Account of plague administration in the Bombay Presidency from September 1896 till May 1897
Year: 1896
Disease focus: Plague
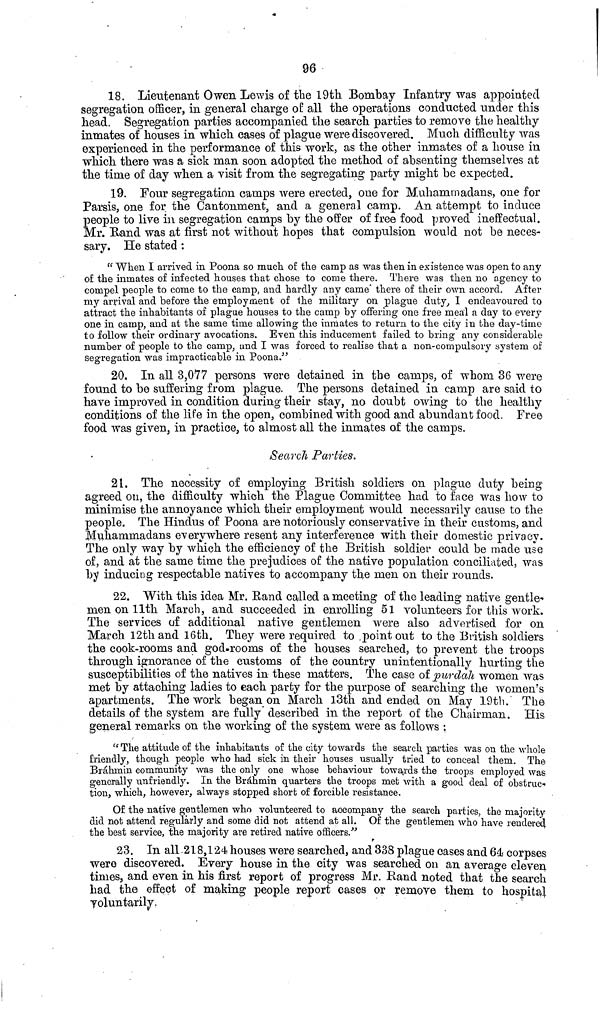
96
18. Lieutenant Owen Lewis of the 19th. Bombay Infantry was appointed
segregation officer, in general charge of all the operations conducted under this
head. Segregation parties accompanied the search parties to remove the healthy
inmates of houses in which cases of plague were discovered. Much difficulty was
experienced in the performance of this work, as the other inmates of a house in
which there was a sick man soon adopted the method of absenting themselves at
the time of day when a visit from the segregating party might be expected.
19. Four segregation camps were erected, one for Muhamrnadans, one for
Parsis, one for the Cantonment, and a general camp. An attempt to induce
people to live in segregation camps by the offer of free food proved ineffectual.
Mr. Rand was at first not without hopes that compulsion would not be neces-
sary. He stated :
" When I arrived in Poona so much of the camp as was then in existence was open to any
of the inmates of infected houses that chose to come there. There was then no agency to
compel people to come to the camp, and hardly any came there of their own accord. After
my arrival and before the employment of The military on plague duty, I endeavoured to
attract the inhabitants of plague houses to the camp by offering one free meal a day to every
one in camp, and at the same time allowing the inmates to return to the city in the day-time
to follow their ordinary avocations. Even this inducement failed to bring any considerable
number of people to the camp, and I was forced to realise that a non-compulsory system of
segregation was impracticable in Poona."
20. In all 3,077 persons were detained in the camps, of whom 36 were
found to be suffering from plague. The persons detained in camp are said to
have improved in condition during their stay, no doubt owing to the healthy
conditions of the life in the open, combined with good and abundant food. Free
food was given, in practice, to almost all the inmates of the camps,
Search Parties.
21. The necessity of employing British soldiers on plague duty being
agreed on, the difficulty which the Plague Committee had to face was how to
minimise the annoyance which their employment would necessarily cause to the
people. The Hindus of Poona are notoriously conservative in their customs, and
Muhammadans everywhere resent any interference with their domestic privacy.
The only way by which the efficiency of the British soldier could be made use
of, and at the same time the prejudices of the native population conciliated, was
by inducing respectable natives to accompany the men on their rounds.
22. With this idea Mr. Rand called a meeting of the leading native gentle-
men on llth. March, and succeeded in enrolling 51 volunteers for this work.
The services of additional native gentlemen were also advertised for on
March 12th and 16th. They were required to point out to the British soldiers
the cook-rooms and god-rooms of the houses searched, to prevent the troops
through ignorance of the customs of the country unintentionally hurting the
susceptibilities of the natives in these matters. The case of purdah women was
met by attaching ladies to each party for the purpose of searching the women's
apartments. The work began on March 13th and ended on May 19th. The
details of the system are fully described in the report of the Chairman. His
general remarks on the working of the system were as follows :
" The attitude of the inhabitants of the city towards the search parties was on the whole
friendly, though people who had sick in their houses usually tried to conceal them. The
Brahmin community was the only one whose behaviour towards the troops employed was
generally unfriendly. In the Brahmin quarters the troops met with a good deal of obstruc-
tion, which, however, always stopped short of forcible resistance.
Of the native gentlemen who volunteered to accompany the search parties, the majority
did not attend regularly and some did not attend at all. Of the gentlemen who have rendered
the best service, the majority are retired native officers."
23. In all 218,124 houses were searched, and 338 plague cases and 64 corpses
were discovered. Every house in the city was searched on an average eleven
times, and even in his first report of progress Mr. Rand noted that the search
had the effect of making people report cases or remove them to hospital
voluntarily.